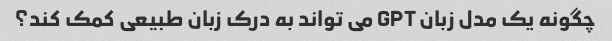
چگونه یک مدل زبان GPT می تواند به درک زبان طبیعی کمک کند؟